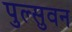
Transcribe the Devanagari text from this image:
पुल्सुवन